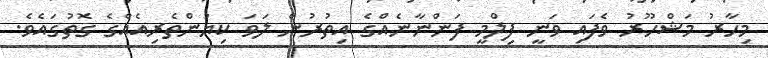
މިހާރު މަޝްހޫރު ވެފައި ވަނީ ފިލްމީ ފަންނާނެއްގެ އިތުރުން ލަވަ ކިޔުންތެރިއެއްގެ ގޮތުގައެވެ.